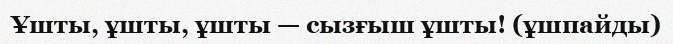
Ұшты, ұшты, ұшты — сызғыш ұшты! (ұшпайды)